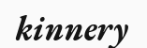
kinnery